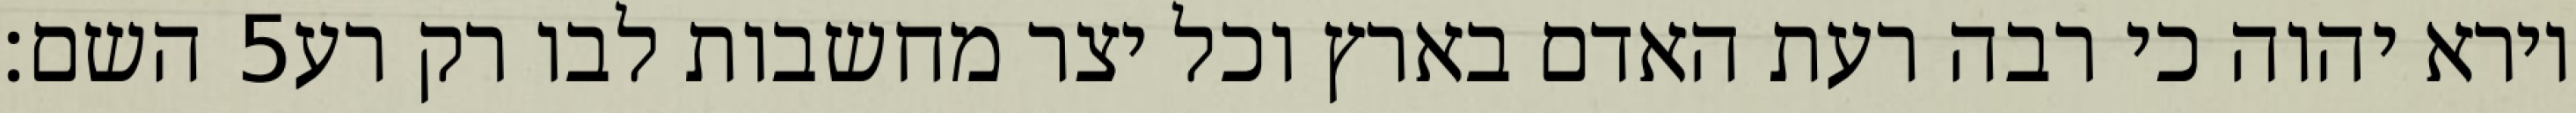
השם׃ ‎5‏ וירא יהוה כי רבה רעת האדם בארץ וכל יצר מחשבות לבו רק רע